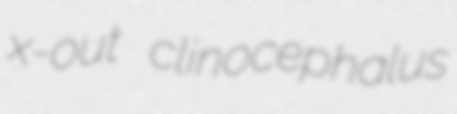
x-out clinocephalus